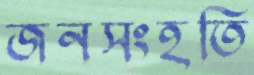
জনসংহতি